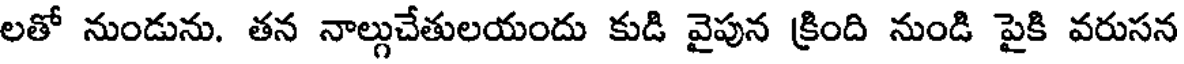
లతో నుండును. తన నాల్గుచేతులయందు కుడి వైపున క్రింది నుండి పైకి వరుసన